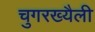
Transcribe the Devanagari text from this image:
चुगरख्यैली